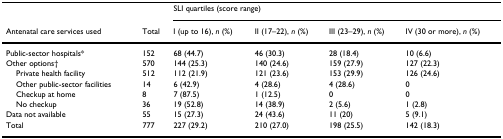
<table><thead><tr><td></td><td></td><td colspan="4"><b>SLI quartiles (score range)</b></td></tr><tr><td><b>Antenatal care services used</b></td><td><b>Total</b></td><td><b>I (up to 16), <i>n </i>(%)</b></td><td><b>II (17–22), <i>n </i>(%)</b></td><td><b>III (23–29), <i>n </i>(%)</b></td><td><b>IV (30 or more), <i>n </i>(%)</b></td></tr></thead><tbody><tr><td>Public-sector hospitals*</td><td>152</td><td>68 (44.7)</td><td>46 (30.3)</td><td>28 (18.4)</td><td>10 (6.6)</td></tr><tr><td>Other options†</td><td>570</td><td>144 (25.3)</td><td>140 (24.6)</td><td>159 (27.9)</td><td>127 (22.3)</td></tr><tr><td> Private health facility</td><td>512</td><td>112 (21.9)</td><td>121 (23.6)</td><td>153 (29.9)</td><td>126 (24.6)</td></tr><tr><td> Other public-sector facilities</td><td>14</td><td>6 (42.9)</td><td>4 (28.6)</td><td>4 (28.6)</td><td>0</td></tr><tr><td> Checkup at home</td><td>8</td><td>7 (87.5)</td><td>1 (12.5)</td><td>0</td><td>0</td></tr><tr><td> No checkup</td><td>36</td><td>19 (52.8)</td><td>14 (38.9)</td><td>2 (5.6)</td><td>1 (2.8)</td></tr><tr><td>Data not available</td><td>55</td><td>15 (27.3)</td><td>24 (43.6)</td><td>11 (20)</td><td>5 (9.1)</td></tr><tr><td>Total</td><td>777</td><td>227 (29.2)</td><td>210 (27.0)</td><td>198 (25.5)</td><td>142 (18.3)</td></tr></tbody></table>